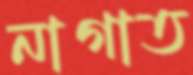
নাগাত